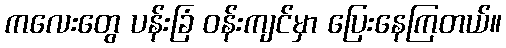
ကလေးတွေ ပန်းခြံ ဝန်းကျင်မှာ ပြေးနေကြတယ်။